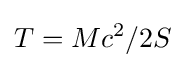
T=Mc^{2}/2S